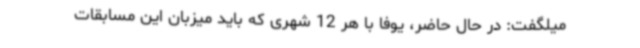
میلگفت: در حال حاضر، یوفا با هر 12 شهری که باید میزبان این مسابقات